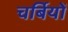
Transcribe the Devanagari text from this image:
चर्बियों